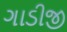
ગાડીજી